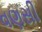
વણસી